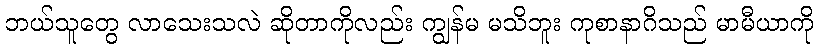
ဘယ်သူတွေ လာသေးသလဲ ဆိုတာကိုလည်း ကျွန်မ မသိဘူး ကုစာနာဂိသည် မာမီယာကို